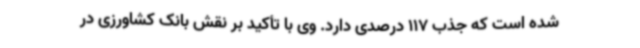
شده است که جذب 117 درصدی دارد. وی با تأکید بر نقش بانک کشاورزی در